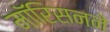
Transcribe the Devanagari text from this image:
मॉरिसनने